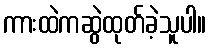
ကားထဲကဆွဲထုတ်ခဲ့သူပါ။